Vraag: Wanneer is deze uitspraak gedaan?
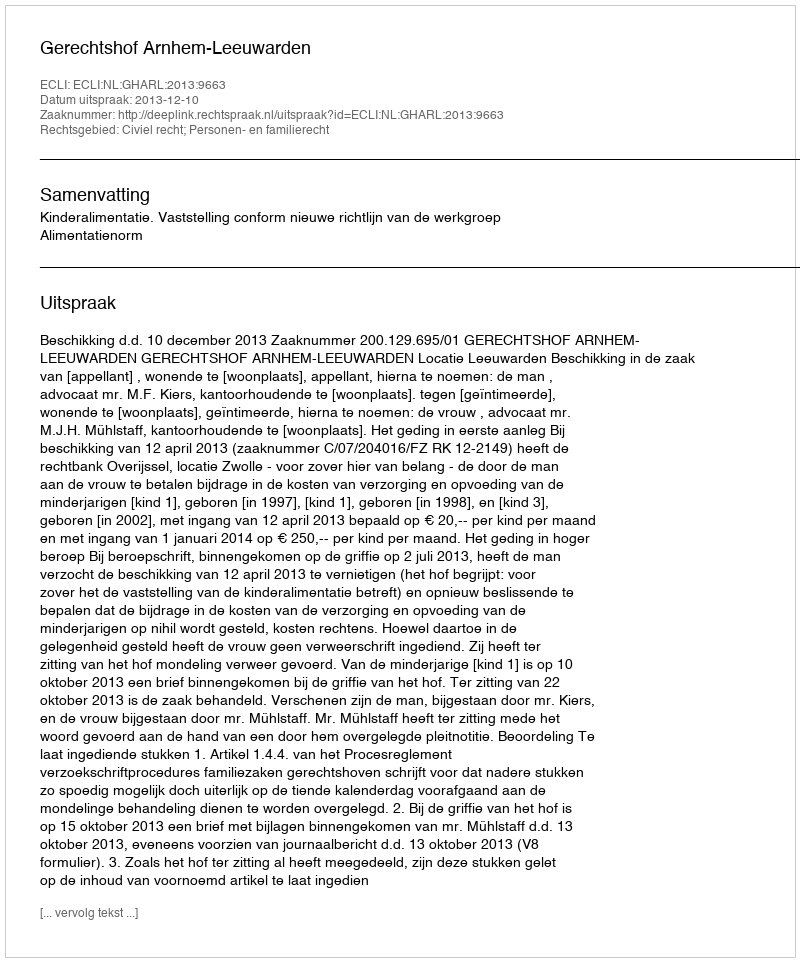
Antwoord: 2013-12-10